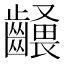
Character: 𪙢